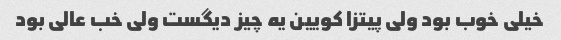
خیلی خوب بود ولی پیتزا کویین یه چیز دیگست ولی خب عالی بود